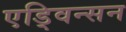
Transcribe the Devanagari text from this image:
एड्विन्सन